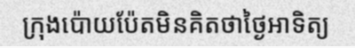
ក្រុងប៉ោយប៉ែតមិនគិតថាថ្ងៃអាទិត្យ